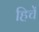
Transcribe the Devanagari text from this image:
हिचें